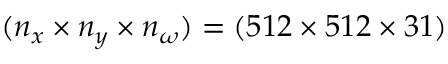
( n _ { x } \times n _ { y } \times n _ { \omega } ) = ( 5 1 2 \times 5 1 2 \times 3 1 )